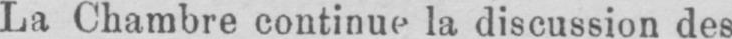
La Chambre continue la discussion des